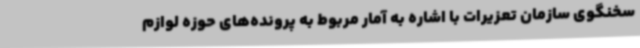
سخنگوی سازمان تعزیرات با اشاره به آمار مربوط به پرونده‌های حوزه لوازم